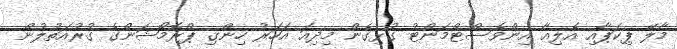
މާލޭ ޕިކަޕާއި އެލިއާ އިންވެސްޓްމަންޓު ގުޅިގެން މިދިއަ އަހަރު ހިންގި ޕްރޮމޯޝަންގެ ގުރުއަތުލުން